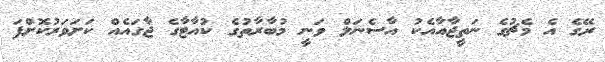
ރޭގެ އެ މެޗުގެ ނަތީޖާއާއެކު އާސެނަލް ވަނީ މުބާރާތުގެ ކުއާޓާގެ ޖާގައެއް ކަށަވަރުކޮށްފަ